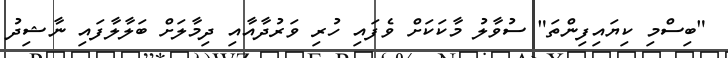
"ބިސްމި ކިޔައިފިންތަ" ސުވާލު މާކަކަށް ވެފައި ހުރި ވަރުދާއާއި ދިމާލަށް ބަލާލާފައި ނާޝިދު